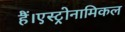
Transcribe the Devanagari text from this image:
हैं।एस्ट्रोनामिकल